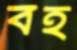
বহ